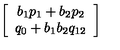
\left[ \begin{array} { c } { b _ { 1 } p _ { 1 } + b _ { 2 } p _ { 2 } } \\ { q _ { 0 } + b _ { 1 } b _ { 2 } q _ { 1 2 } } \\ \end{array} \right]